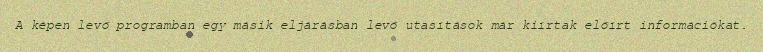
A képen levő programban egy másik eljárásban levő utasítások már kiírtak előírt információkat.